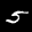
Label: 5